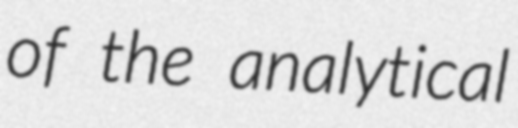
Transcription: of the analytical